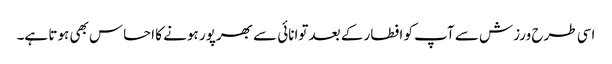
اسی طرح ورزش سے آپ کو افطار کے بعد توانائی سے بھرپور ہونے کا احساس بھی ہوتا ہے۔